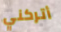
أتركني